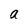
Character: a